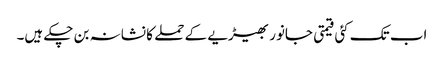
اب تک کئی قیمتی جانور بھیڑیے کے حملے کا نشانہ بن چکے ہیں۔